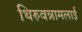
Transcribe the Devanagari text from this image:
थिरुवन्नामलाई